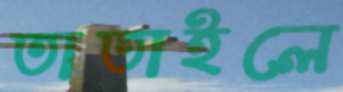
তাতাইলে